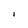
Character: I